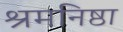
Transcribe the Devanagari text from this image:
श्रमनिष्ठा